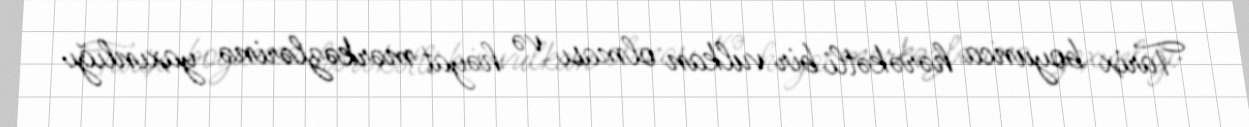
Tarix boyunca hərəkətli bir vulkan olması və həyat mərkəzlərinə yaxınlığı